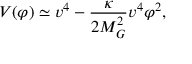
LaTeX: V ( \varphi ) \simeq v ^ { 4 } - \frac { \kappa } { 2 M _ { G } ^ { 2 } } v ^ { 4 } \varphi ^ { 2 } ,